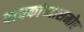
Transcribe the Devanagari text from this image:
वाचकांच्यासमोर